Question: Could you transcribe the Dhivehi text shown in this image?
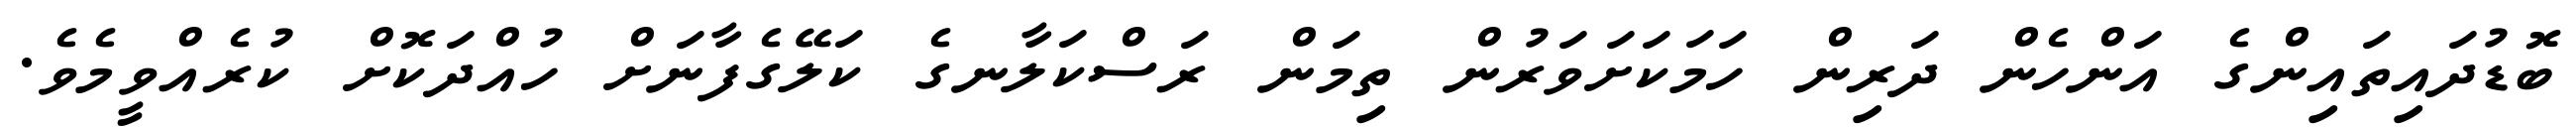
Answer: ބޮޑުދައިތައިންގެ އަންހެން ދަރިން ހަމަކަށަވަރުން ތިމަން ރަސްކަލާނގެ ކަލޭގެފާނަށް ހުއްދަކޮށް ކުރެއްވީމެވެ.